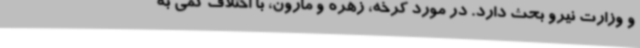
و وزارت نیرو بحث دارد. در مورد کرخه، زهره و مارون، با اختلاف کمی به